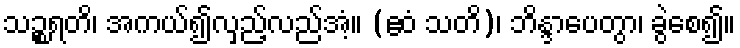
သဉ္စရတိ၊ အကယ်၍လှည့်လည်အံ့။ (ဧဝံ သတိ)၊ ဘိန္ဒာပေတွာ၊ ခွဲစေ၍။